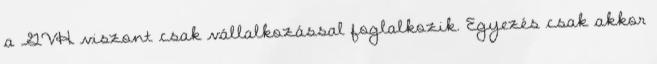
a GVH viszont csak vállalkozással foglalkozik. Egyezés csak akkor